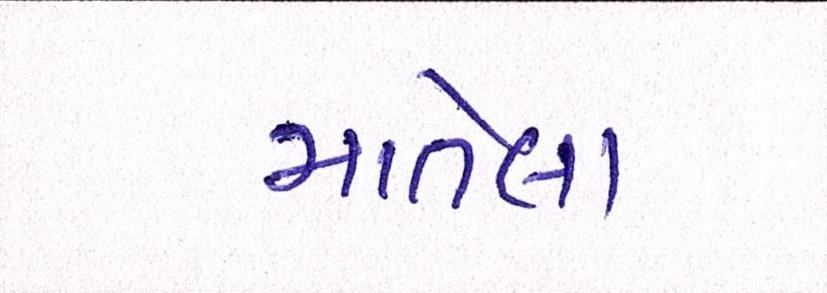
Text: માતેલા